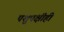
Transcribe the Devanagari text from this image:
पशुपक्षीही